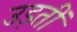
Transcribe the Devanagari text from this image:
उड़तीं